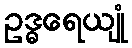
ဥဒ္ဓရေယျုံ